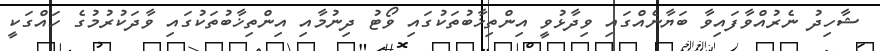
ޝާހިދު ނެރުއްވާފައިވާ ބަޔާނެއްގައި ވިދާޅުވީ އިންތިޚާބުތަކުގައި ވޯޓު ދިނުމާއި އިންތިޚާބުތަކުގައި ވާދަކުރުމުގެ ހައްގަކީ